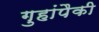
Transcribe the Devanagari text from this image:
गुहांपैकी